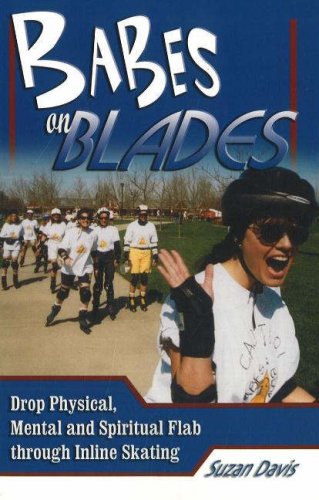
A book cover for Babes on Blades; Suzan Davis; Sports & Outdoors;